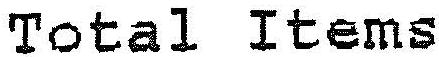
TOTAL ITEMS